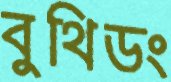
বুথিডং